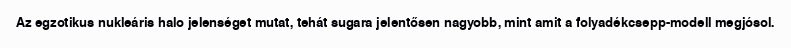
Az egzotikus nukleáris halo jelenséget mutat, tehát sugara jelentősen nagyobb, mint amit a folyadékcsepp-modell megjósol.